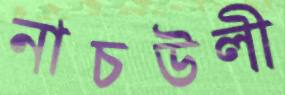
নাচউলী